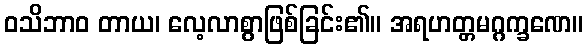
ဝသိဘာဝ တာယ၊ လေ့လာစွာဖြစ်ခြင်း၏။ အရဟတ္တမဂ္ဂက္ခဏေ။